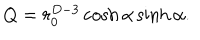
LaTeX: Q = r _ { 0 } ^ { D - 3 } \cosh \alpha \sinh \alpha .